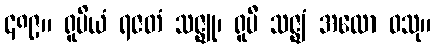
၄၈၉။ ရူပိယံ ရဇတံ သဇ္ဈု၊ ရူပီ သဇ္ဈံ အထော ဝသု။